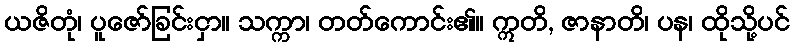
ယဇိတုံ၊ ပူဇော်ခြင်းငှာ။ သက္ကာ၊ တတ်ကောင်း၏။ ဣတိ, ဇာနာတိ၊ ပန၊ ထိုသို့ပင်